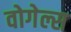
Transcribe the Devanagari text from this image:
वोगेल्स